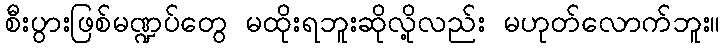
စီးပွားဖြစ်မဏ္ဍပ်တွေ မထိုးရဘူးဆိုလို့လည်း မဟုတ်လောက်ဘူး။